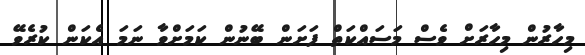
މިހާރުން މިހާރަށް ވެސް މަސައްކަތް ފަށަން ބޭނުން ކަމަށްވާ ނަމަ އެކަން ކުރެވޭ